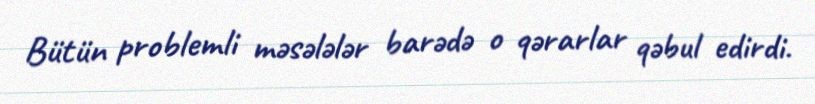
Bütün problemli məsələlər barədə o qərarlar qəbul edirdi.